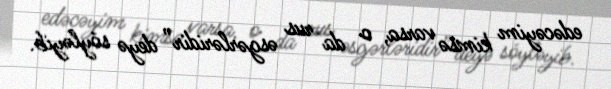
edəcəyim kimsə varsa, o da rus əsgərləridir” deyə söyləyib.